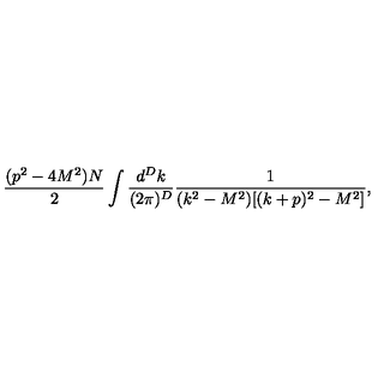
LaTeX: \frac { ( p ^ { 2 } - 4 M ^ { 2 } ) N } 2 \int \frac { d ^ { D } k } { ( 2 \pi ) ^ { D } } \frac { 1 } { ( k ^ { 2 } - M ^ { 2 } ) [ ( k + p ) ^ { 2 } - M ^ { 2 } ] } ,